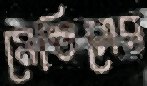
মেন্ডিসের